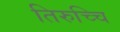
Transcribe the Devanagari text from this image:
तिरुच्चि